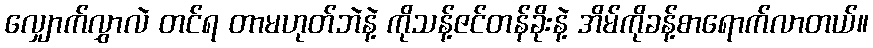
လျှောက်လွှာလဲ တင်ရ တာမဟုတ်ဘဲနဲ့ ကိုသန့်ဇင်တန်ခိုးနဲ့ အိမ်ကိုခန့်စာရောက်လာတယ်။